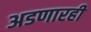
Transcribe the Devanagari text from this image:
अडणारही